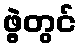
ဖွဲ့တွင်